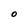
Character: O